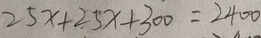
2 5 x + 2 5 x + 3 0 0 = 2 4 0 0